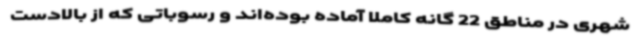
شهری در مناطق 22 گانه کاملا آماده بوده‌اند و رسوباتی که از بالادست